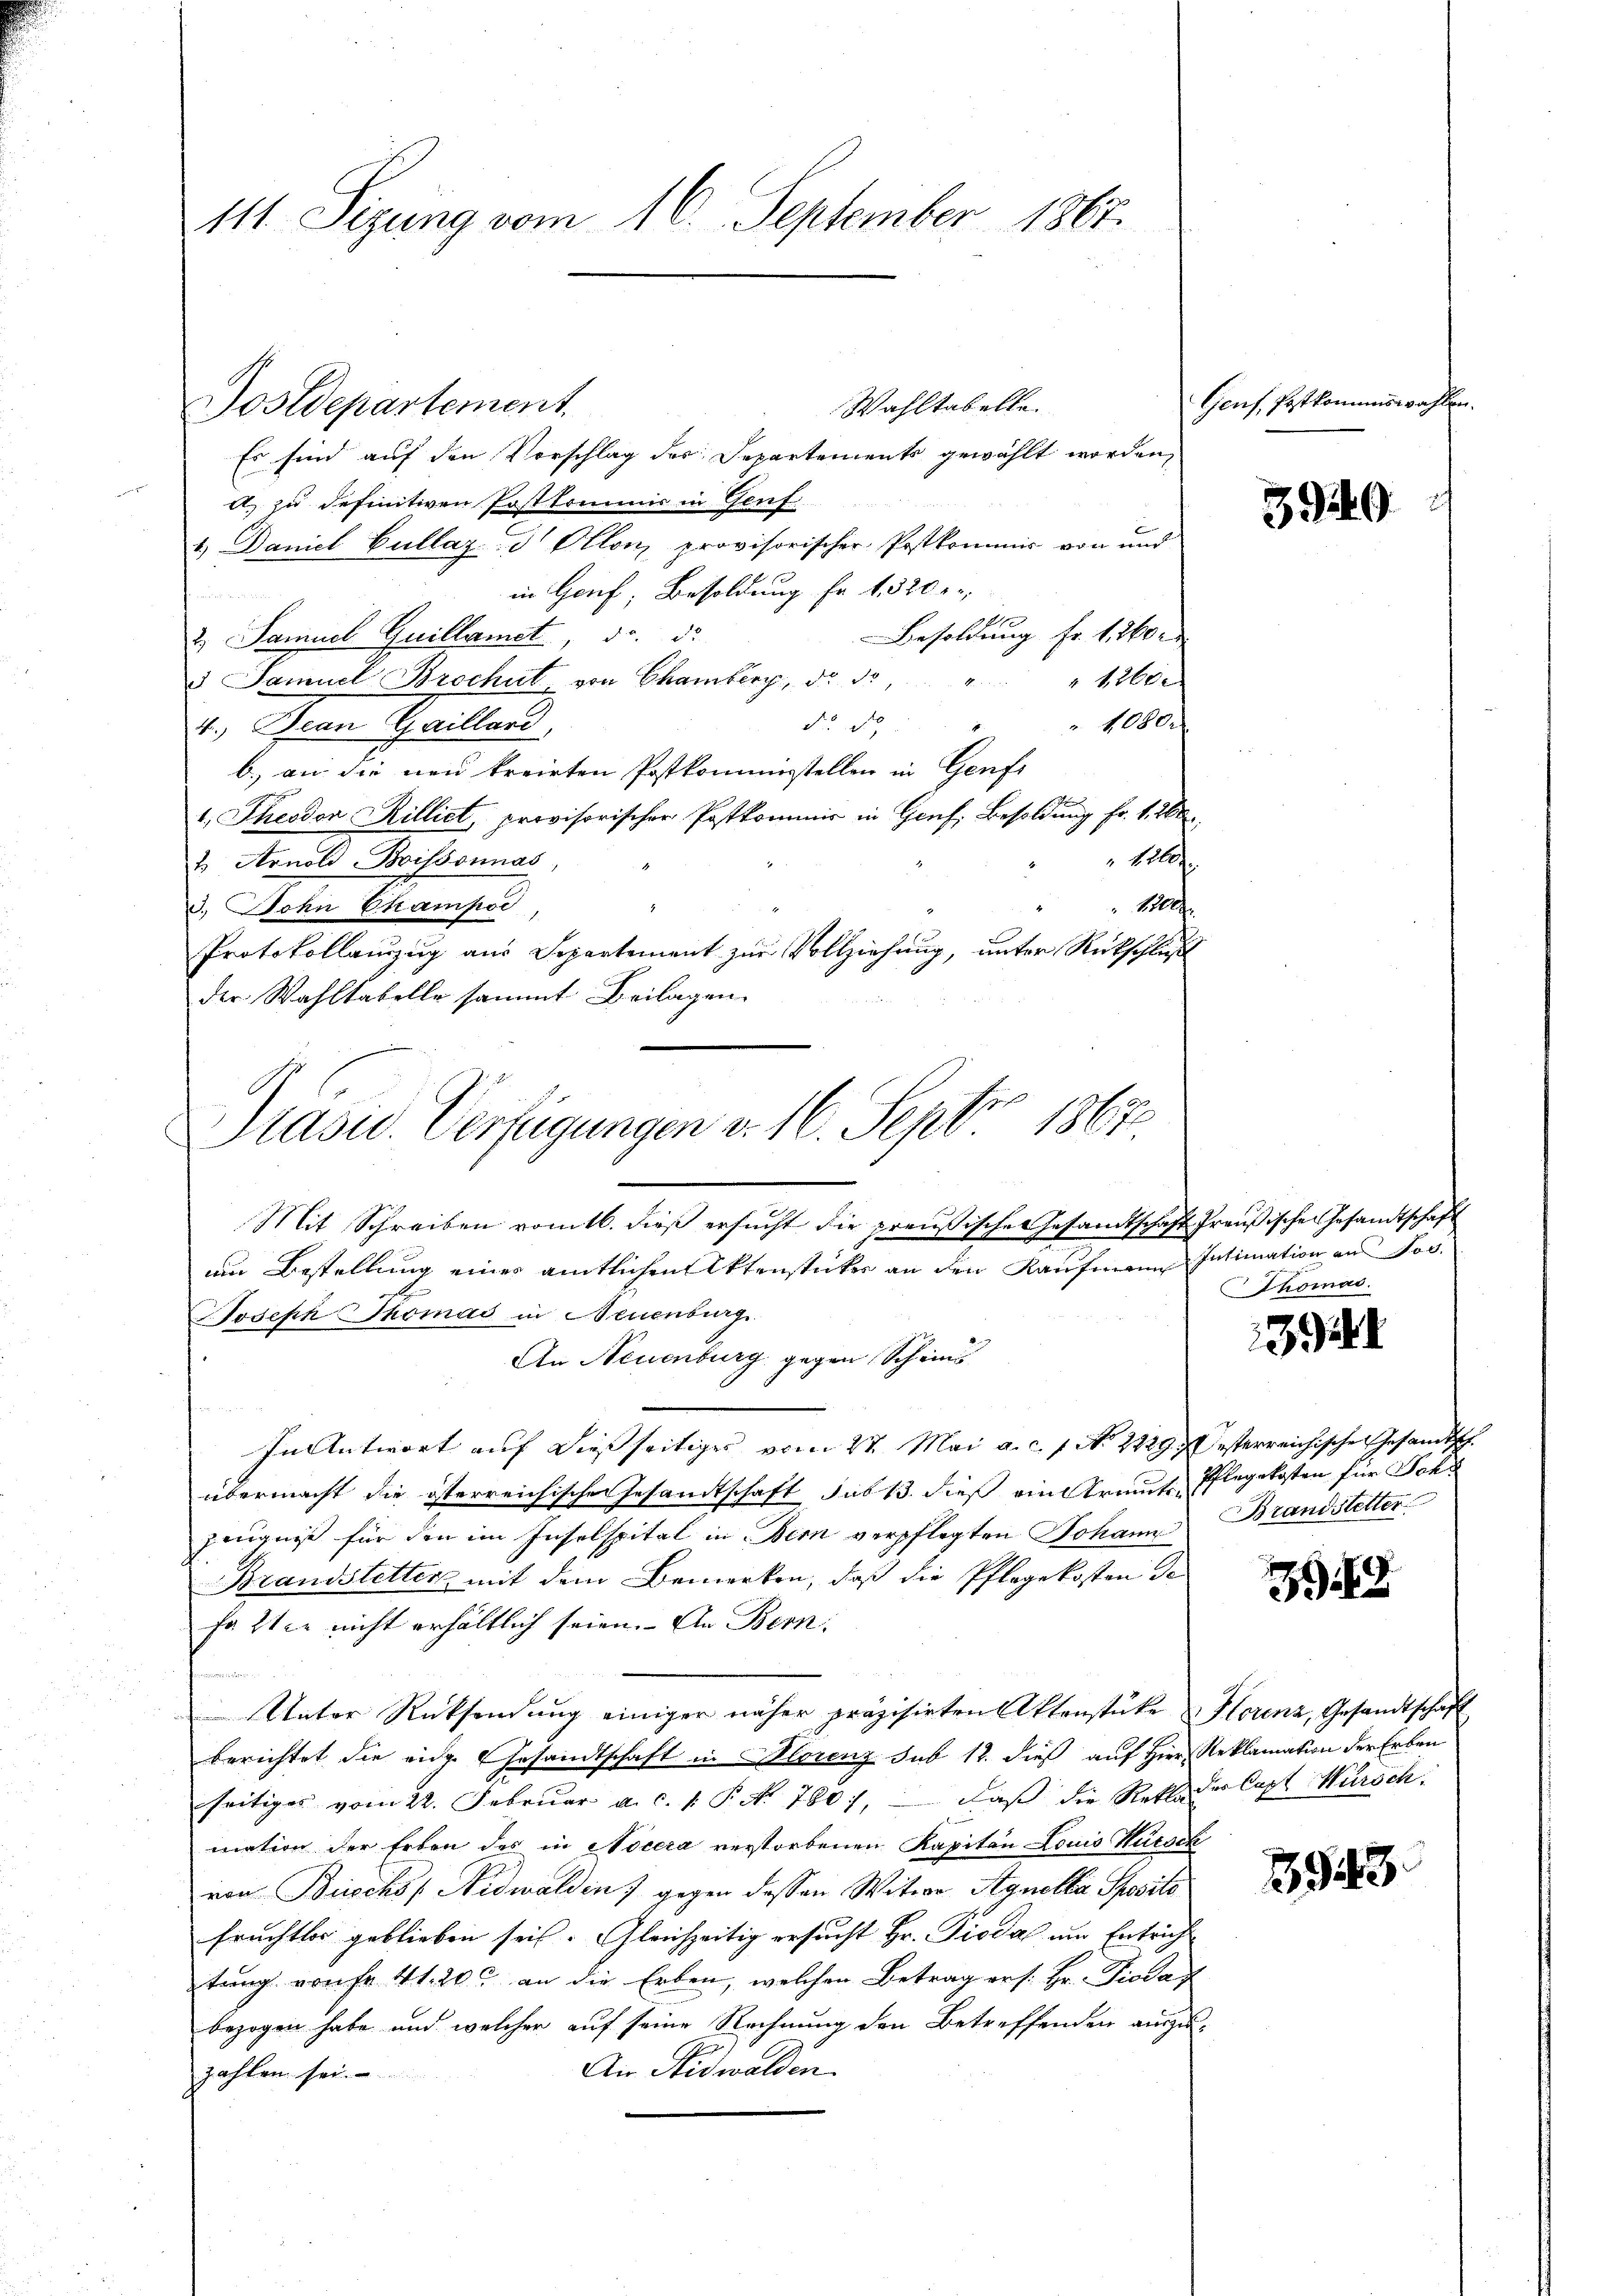
111. Sezung vom 16. September 1867.

Dostdepartement.

Wahltabelle.
Es sind auf den Vorschlag des Departements gewählt worden,
a) zu definitiven Postkommnis in Genf
1) Daniel Bullaz d Ollon, provisorischer Postkommis von und
in Genf, Besoldung Fr. 1, 320 e

1
Besoldung Fr. 1260
2.) Samuel Guillamet, d. d.
3 Samuel Brochet, von Chamberg, d. d
 1260.
1080.
do. de
4. Bean Gailland,
b.) an die neu kreirten Postkommisstellen in Genf
1. Theodor Rillict, provisorischer Postkommis in Genf. Besoldung fr. 1. 260.
Bole
t. Arnold Boissonnas,
12000.
3.) John Champi,
Protokollauszug aus Separtement zur Vollziehung, unter Rückschluß
der Wahltabelle sammt Beilagen
Mit Schreiben vom 16. dieß ersucht die preußische Gesandtschaft Preußische Gesandtschaft
um Bestellung eines amtlichen Aktenstücker an den Kaufmann Intimation aus Jos.
Joseph Thomas in Neuenburg
An Neuenburg gegen Scheins
In Antwort auf dießseitiges vom 27. Mai a. c. f. No 2229 desterreichische Gesandtsch
übermacht die österreichischen Gesandtschaft sub 13. dieß ein Traute Pflegekosten für Schl
zeugnis für den im Inselspital in Bern verpflegten Johann
Brandstetter mit dem Bemerken, daß die Pflegekosten de
fatter nicht erhältlich seien. An Bern.
e
Unter Rücksendung einiger näher präzisirten Aktenstüke Florenz, Gesandtschaft
berichtet die eine Gesandtschaft in Storenz sub 12. dieß auf Hier Reklamation der Erben
seitiges vom 22. Februar a. c. 1. P. No. 780), daß die Rekladerlapt Kürsch
mation der Erben des in Nocera verstorbenen Kapitän Louis Kürsch
von Bischs / Nidwalden) gegen dessen Witwe Agnella Spositi
früchtlos geblieben sei. Gleichzeitig ersucht Hr. Pioda am Entrich
tung von fr 41. 200 an die Erben, welchen Betrag ers. Hr. Pioda
bezogen habe und welcher auf seine Rechnung den Betreffenden auszu¬
An Nidwalden
zahlen sei.

Präsid. Verfügungen v. 16. Septbr. 1867.

Genf, Pestkommiswahlen

3949

Thomas.

394. I

Brandstetter

39

943